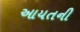
આયતની